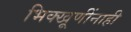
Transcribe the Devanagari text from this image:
भिक्खूणींनाही